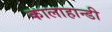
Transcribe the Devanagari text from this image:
कालाहान्डी